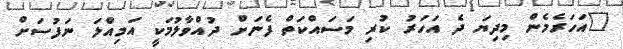
"އަހަރެމެން މިދިޔަ ދެ އަހަރު ކުރި މަސައްކަތް ފެނަށް ދުއްވާލުމަކީ އަމިއްލަ ނަފުސަށް